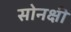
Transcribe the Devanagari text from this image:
सोनक्षी